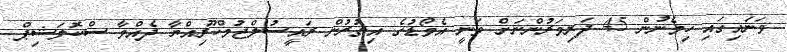
ވަނައިގައި ހިމެނުން 45 ދަރިވަރުންނަށް ވަނީ އެވޯޑުގެ އިތުރުން ރައީސުލްޖުމްހޫރިއްޔާ ދެއްވާ ސްކޮލަޝިޕް